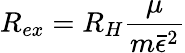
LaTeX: R_{ex}=R_{H}\frac{\mu}{m\bar{\epsilon}^{2}}